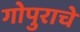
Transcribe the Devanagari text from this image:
गोपुराचे